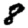
Digit: 8